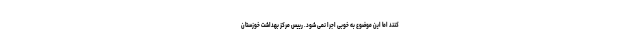
کنند اما این موضوع به خوبی اجرا نمی شود. رییس مرکز بهداشت خوزستان